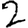
Digit: 2